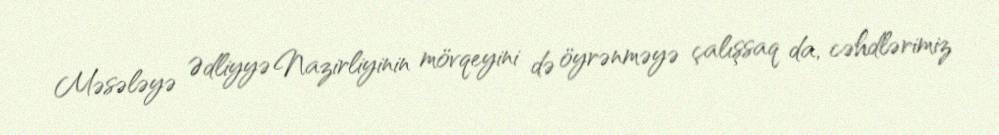
Məsələyə Ədliyyə Nazirliyinin mövqeyini də öyrənməyə çalışsaq da, cəhdlərimiz